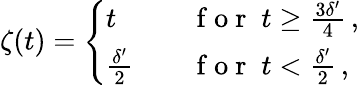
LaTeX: \zeta(t)=\left\{ \begin{array}{ll}{t}&{\quad\mathrm{~f~o~r~}\; t\geq\frac{3\delta^{\prime}}{4}\, ,}\\ {\frac{\delta^{\prime}}{2}}&{\quad\mathrm{~f~o~r~}\; t<\frac{\delta^{\prime}}{2}\, ,}\end{array}\right.